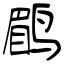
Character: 鹛